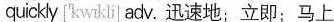
qucky ['kwɪkli| adv. 迅速地;立即;马上